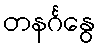
တနင်္ဂနွေ